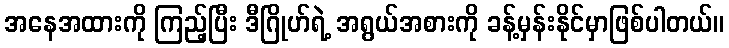
အနေအထားကို ကြည့်ပြီး ဒီဂြိုဟ်ရဲ့ အရွယ်အစားကို ခန့်မှန်းနိုင်မှာဖြစ်ပါတယ်။